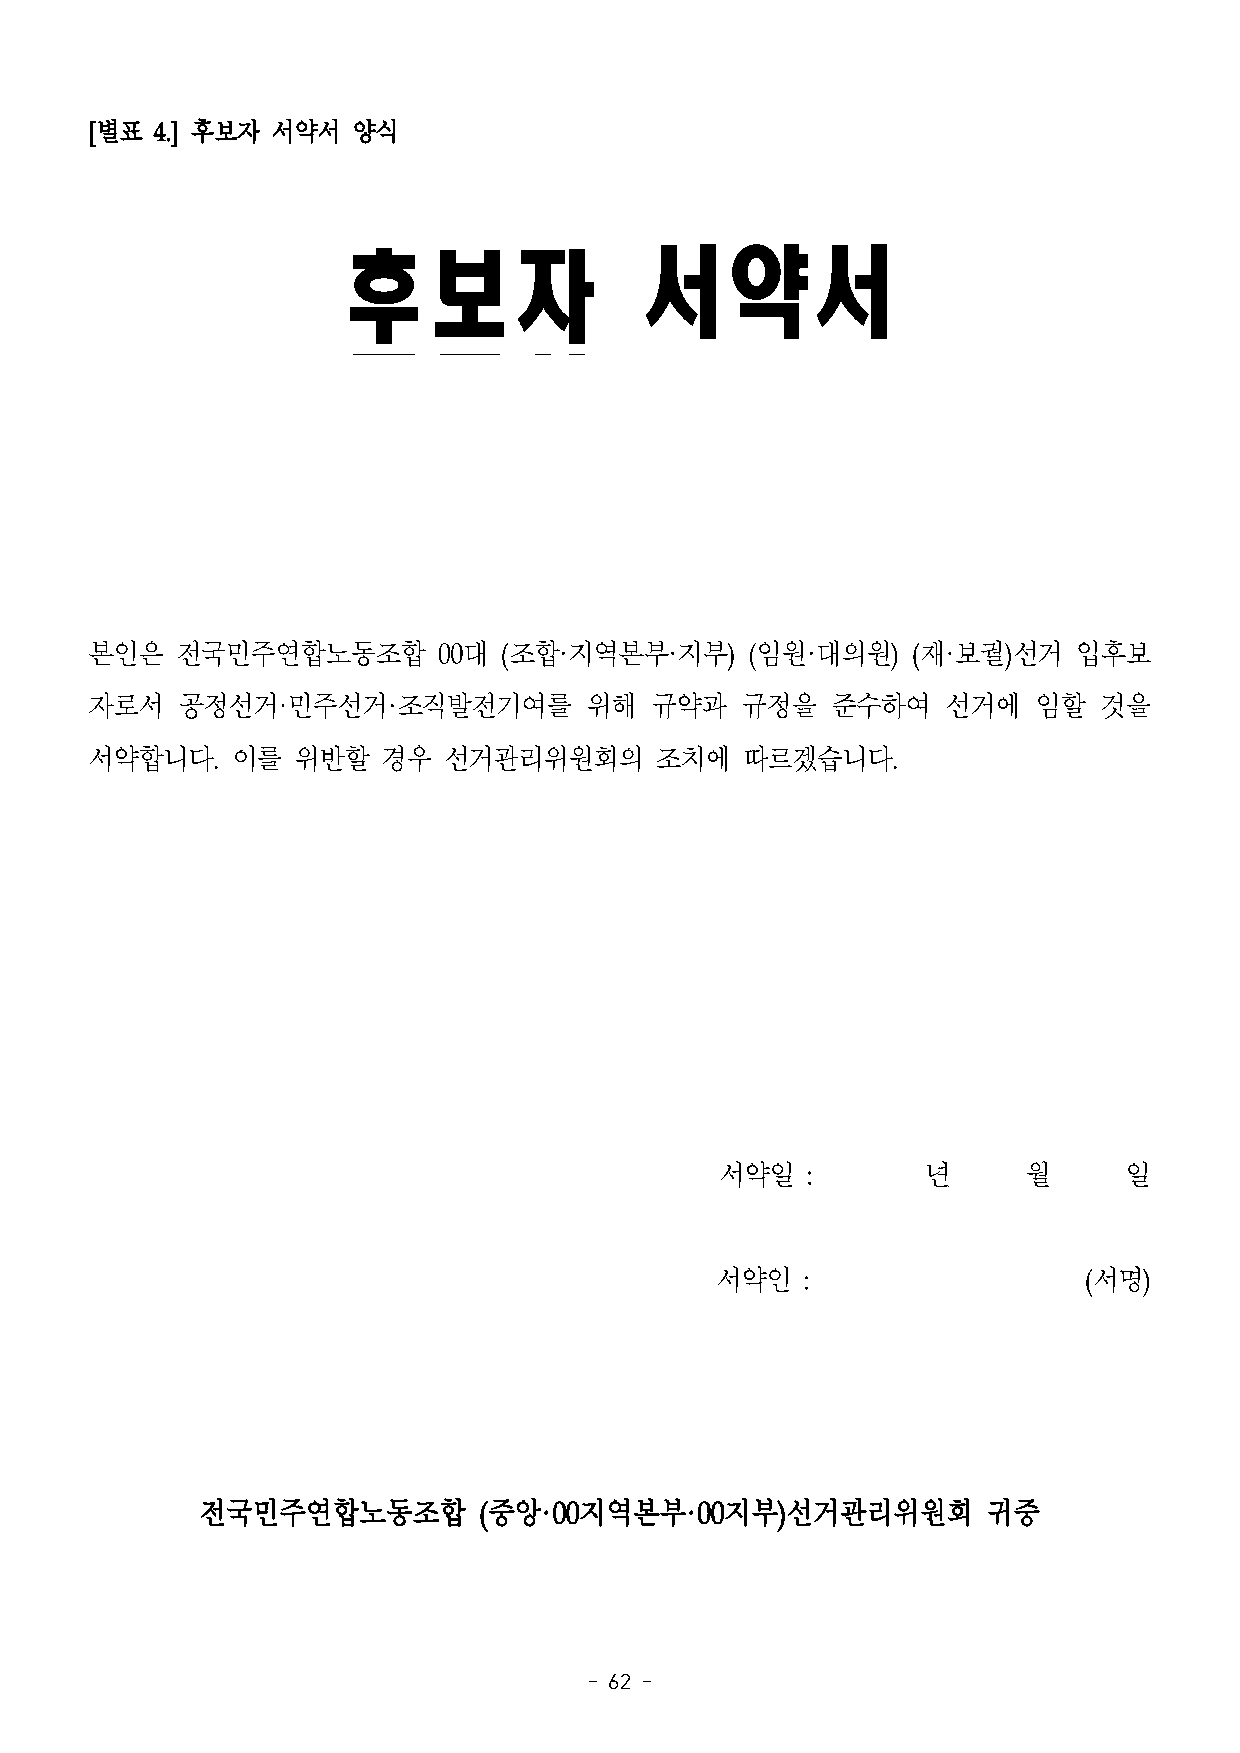
[별표 4.] 후보자 서약서  양식
 후보자                 서약서
 본인은   전국민주연합노동조합       00대 (조합·지역본부·지부)     (임원·대의원)  (재·보궐)선거   입후보
 자로서   공정선거·민주선거·조직발전기여를          위해  규약과   규정을   준수하여    선거에   임할  것을
 서약합니다.   이를  위반할   경우  선거관리위원회의      조치에   따르겠습니다.
 서약일  :       년      월     일
 서약인   :                  (서명)
 전국민주연합노동조합         (중앙·00지역본부·00지부)선거관리위원회          귀중
 - 62 -